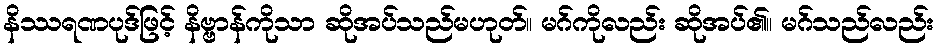
နိဿရဏပုဒ်ဖြင့် နိဗ္ဗာန်ကိုသာ ဆိုအပ်သည်မဟုတ်။ မဂ်ကိုလည်း ဆိုအပ်၏။ မဂ်သည်လည်း